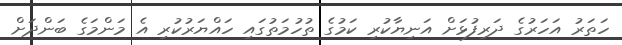
ހަތަރު އަހަރުގެ ދަރިފުޅަށް އަނިޔާކުރި ކަމުގެ ތުހުމަތުގައި ހައްޔަރުކުރި އެ މަންމަގެ ބަންދަށް